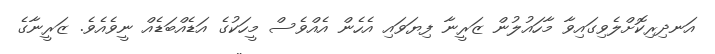
އަނދިރިކޮށްލެވިގައިވާ މާހައުލުން ޒަރީނާ ފިޔަވައި އެހެން އެއްވެސް މީހަކުގެ އަޑެއްބަޑެއް ނީވެއެވެ. ޒަރީނާގެ